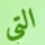
التي